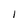
Character: I